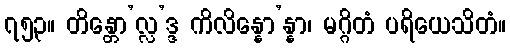
၇၅၃။ တိန္တော’လ္လ’ဒ္ဒ ကိလိန္နော’န္နာ၊ မဂ္ဂိတံ ပရိယေသိတံ။